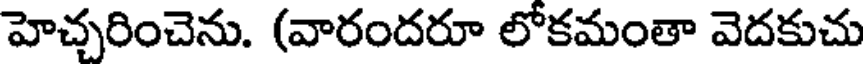
హెచ్చరించెను. (వారందరూ లోకమంతా వెదకుచు